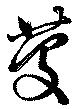
慶